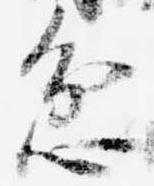
忿